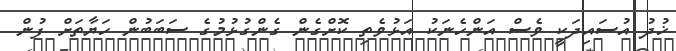
ޚުދު އުސައިދަކީ ވެސް އަންހެނަކު އަޅުވެތި ކޮށްގެން ގެންގުޅުމުގެ ސަބަބުން ހަޔާތަށް ފުން